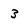
Character: 3